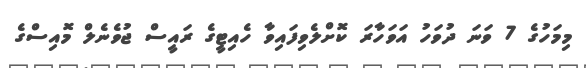
މިމަހުގެ 7 ވަނަ ދުވަހު އަވަހާރަ ކޮށްލެވިފައިވާ ހެއިޓީގެ ރައީސް ޖުވެނެލް މޮއިސްގެ